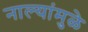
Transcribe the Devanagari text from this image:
नाल्यांमुळे